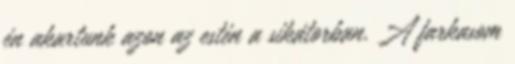
én akartunk azon az estén a sikátorban. A farkasom